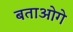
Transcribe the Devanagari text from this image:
बताओगे